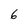
Character: 6